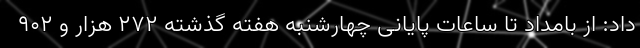
داد: از بامداد تا ساعات پایانی چهارشنبه هفته گذشته ۲۷۲ هزار و ۹۰۲